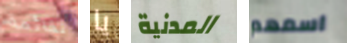
لقائمة يا المدنية اسمهم